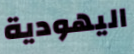
اليهودية